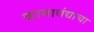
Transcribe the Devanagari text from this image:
कामाधंद्याचा